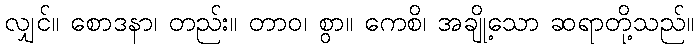
လျှင်။ စောဒနာ၊ တည်း။ တာဝ၊ စွာ။ ကေစိ၊ အချို့သော ဆရာတို့သည်။